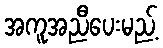
အကူအညီပေးမည့်